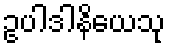
ဥပါဒါနိယေသု